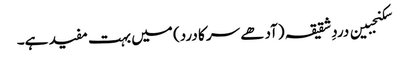
سکنجبین دردِ شقیقہ (آدھے سر کا درد) میں بہت مفید ہے۔